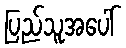
ပြည်သူအပေါ်